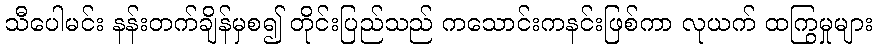
သီပေါမင်း နန်းတက်ချိန်မှစ၍ တိုင်းပြည်သည် ကသောင်းကနင်းဖြစ်ကာ လုယက် ထကြွမှုများ